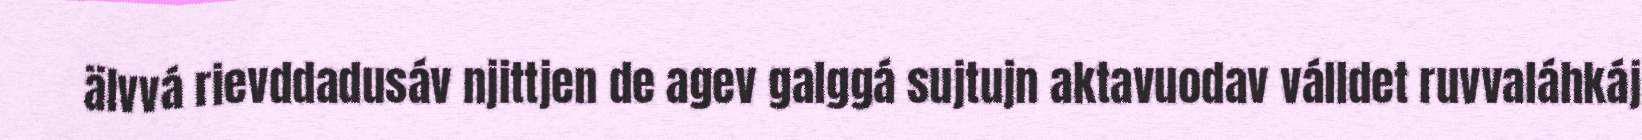
älvvá rievddadusáv njittjen de agev galggá sujtujn aktavuodav válldet ruvvaláhkáj